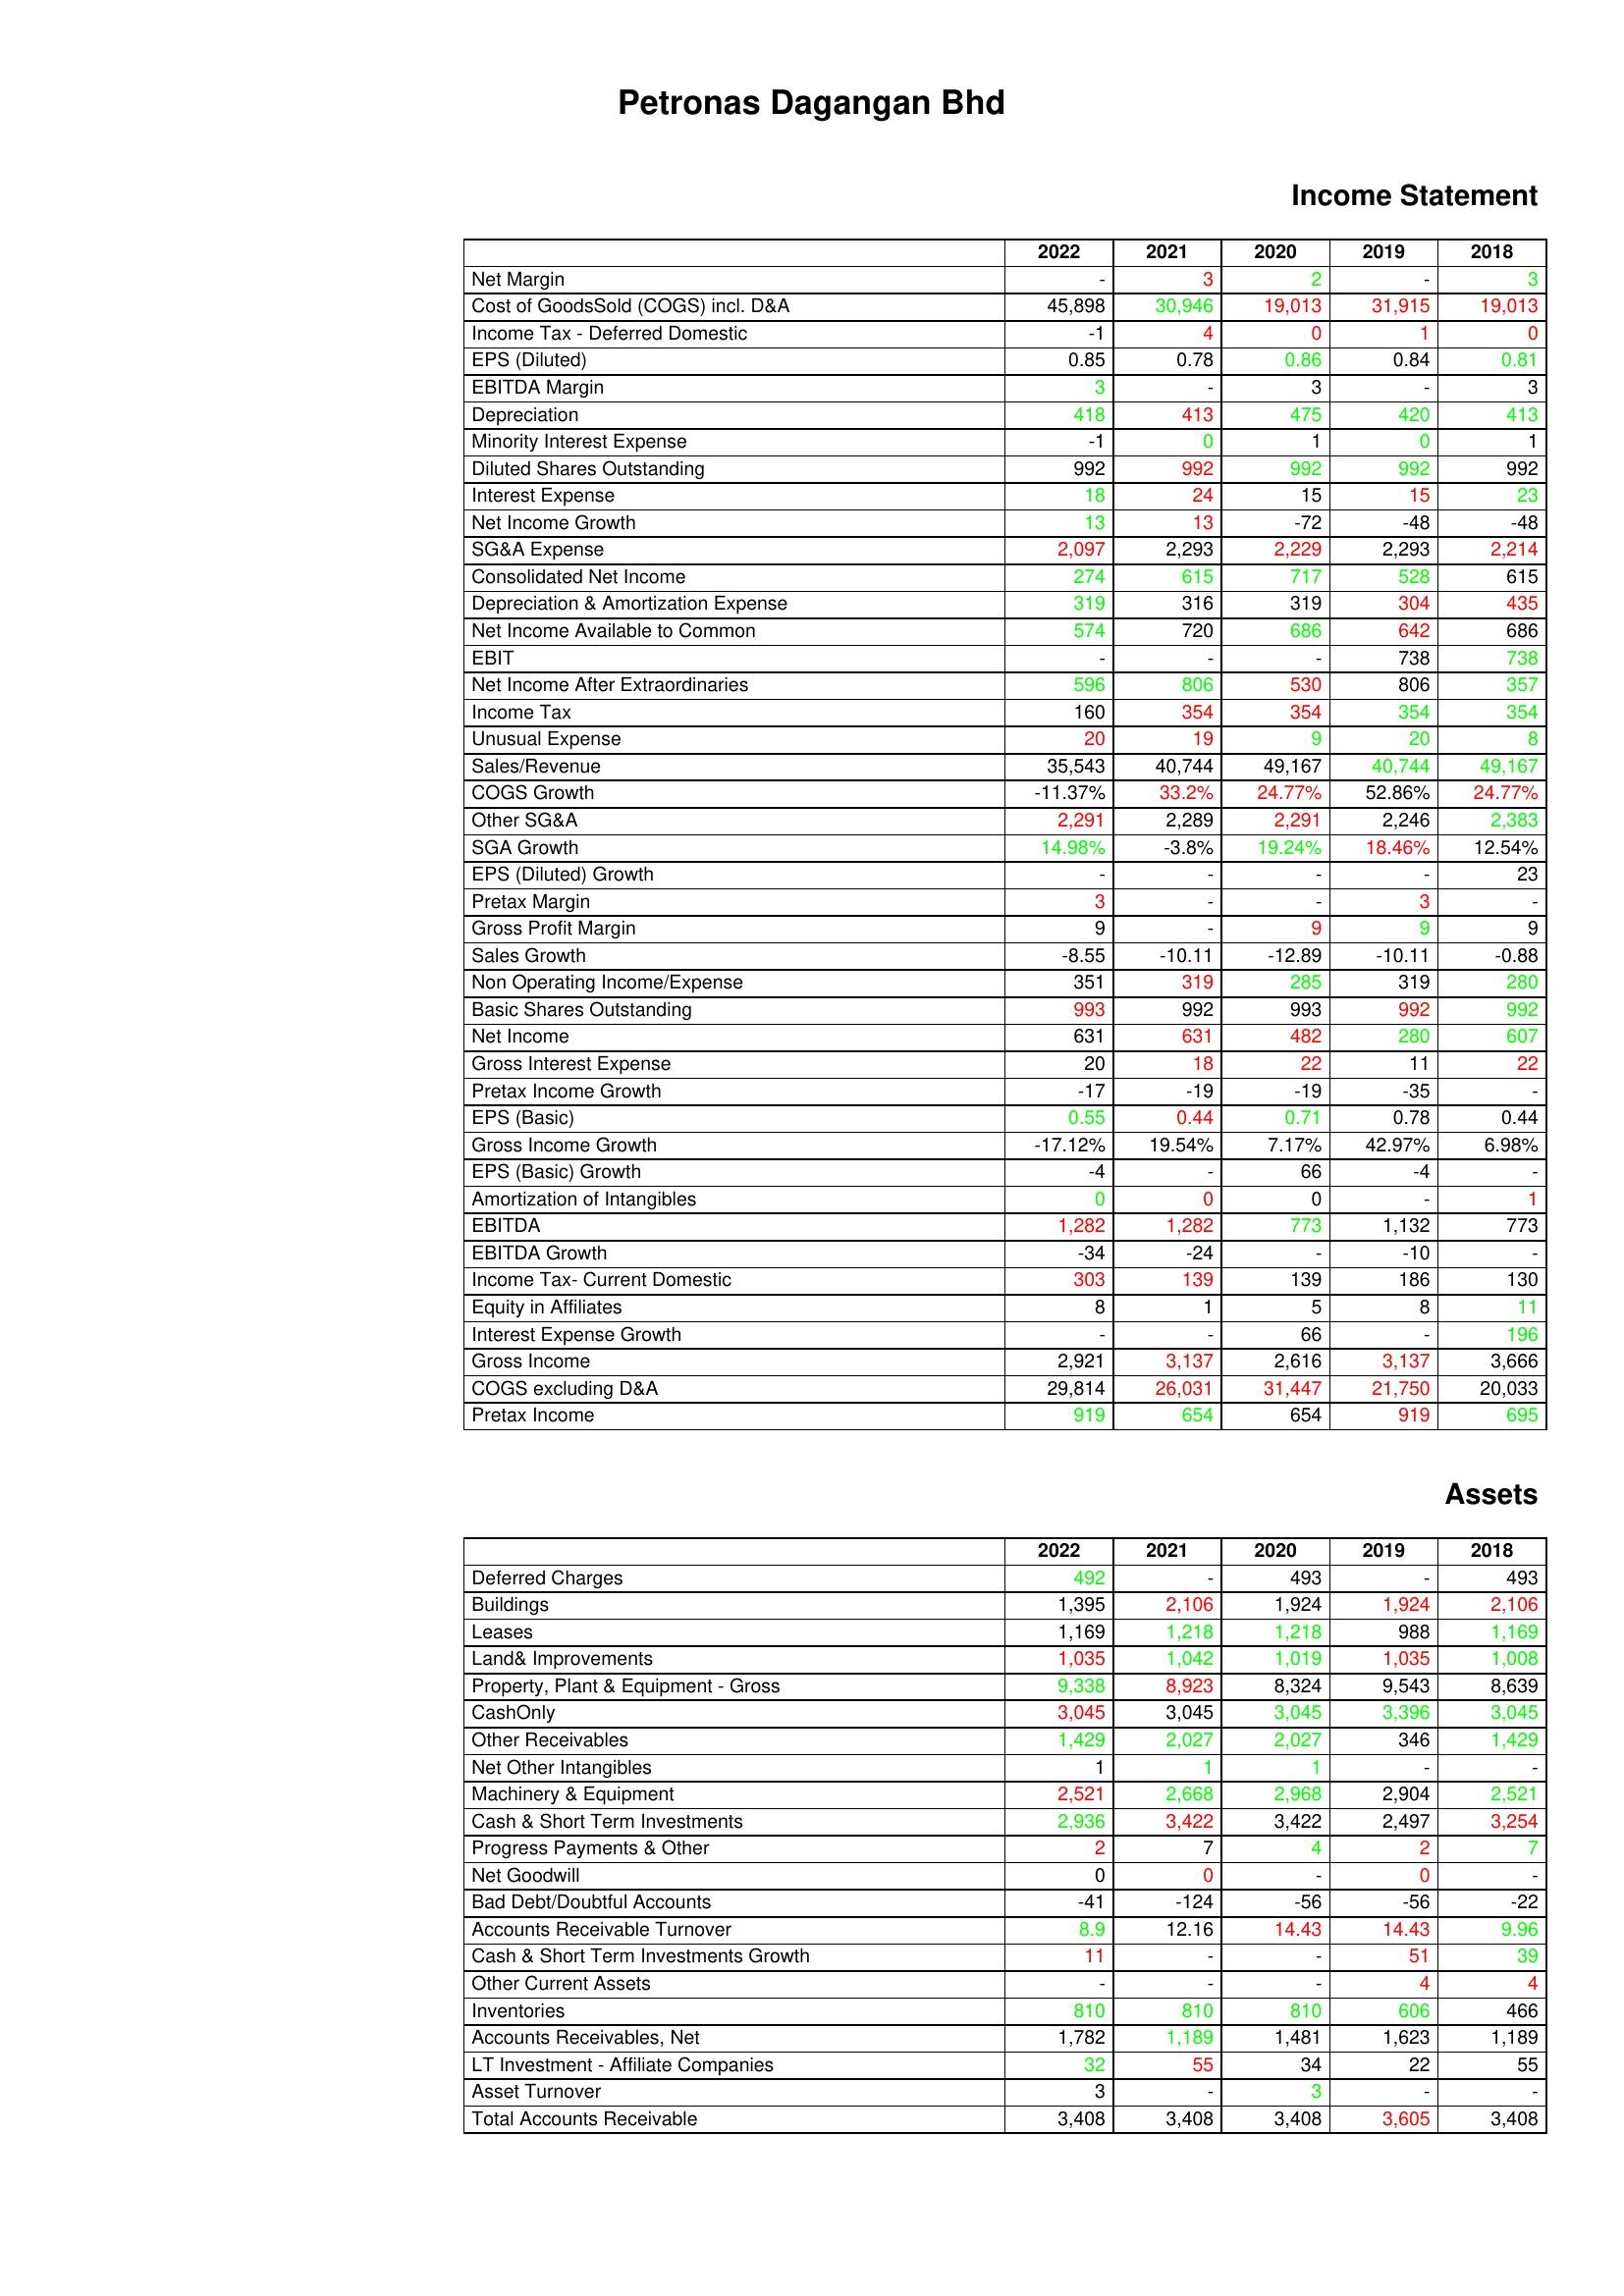
gt_parse: 2022: Income Statement: Net Margin: -
Cost of GoodsSold (COGS) incl. D&A: 45,898
Income Tax - Deferred Domestic: -1
EPS (Diluted): 0.85
EBITDA Margin: 3
Depreciation: 418
Minority Interest Expense: -1
Diluted Shares Outstanding: 992
Interest Expense: 18
Net Income Growth: 13
SG&A Expense: 2,097
Consolidated Net Income: 274
Depreciation & Amortization Expense: 319
Net Income Available to Common: 574
EBIT: -
Net Income After Extraordinaries: 596
Income Tax: 160
Unusual Expense: 20
Sales/Revenue: 35,543
COGS Growth: -11.37%
Other SG&A: 2,291
SGA Growth: 14.98%
EPS (Diluted) Growth: -
Pretax Margin: 3
Gross Profit Margin: 9
Sales Growth: -8.55
Non Operating Income/Expense: 351
Basic Shares Outstanding: 993
Net Income: 631
Gross Interest Expense: 20
Pretax Income Growth: -17
EPS (Basic): 0.55
Gross Income Growth: -17.12%
EPS (Basic) Growth: -4
Amortization of Intangibles: 0
EBITDA: 1,282
EBITDA Growth: -34
Income Tax- Current Domestic: 303
Equity in Affiliates: 8
Interest Expense Growth: -
Gross Income: 2,921
COGS excluding D&A: 29,814
Pretax Income: 919
Assets: Deferred Charges: 492
Buildings: 1,395
Leases: 1,169
Land& Improvements: 1,035
Property, Plant & Equipment - Gross : 9,338
CashOnly: 3,045
Other Receivables: 1,429
Net Other Intangibles: 1
Machinery & Equipment: 2,521
Cash & Short Term Investments: 2,936
Progress Payments & Other: 2
Net Goodwill: 0
Bad Debt/Doubtful Accounts: -41
Accounts Receivable Turnover: 8.9
Cash & Short Term Investments Growth: 11
Other Current Assets: -
Inventories: 810
Accounts Receivables, Net: 1,782
LT Investment - Affiliate Companies: 32
Asset Turnover: 3
Total Accounts Receivable: 3,408
2021: Income Statement: Net Margin: 3
Cost of GoodsSold (COGS) incl. D&A: 30,946
Income Tax - Deferred Domestic: 4
EPS (Diluted): 0.78
EBITDA Margin: -
Depreciation: 413
Minority Interest Expense: 0
Diluted Shares Outstanding: 992
Interest Expense: 24
Net Income Growth: 13
SG&A Expense: 2,293
Consolidated Net Income: 615
Depreciation & Amortization Expense: 316
Net Income Available to Common: 720
EBIT: -
Net Income After Extraordinaries: 806
Income Tax: 354
Unusual Expense: 19
Sales/Revenue: 40,744
COGS Growth: 33.2%
Other SG&A: 2,289
SGA Growth: -3.8%
EPS (Diluted) Growth: -
Pretax Margin: -
Gross Profit Margin: -
Sales Growth: -10.11
Non Operating Income/Expense: 319
Basic Shares Outstanding: 992
Net Income: 631
Gross Interest Expense: 18
Pretax Income Growth: -19
EPS (Basic): 0.44
Gross Income Growth: 19.54%
EPS (Basic) Growth: -
Amortization of Intangibles: 0
EBITDA: 1,282
EBITDA Growth: -24
Income Tax- Current Domestic: 139
Equity in Affiliates: 1
Interest Expense Growth: -
Gross Income: 3,137
COGS excluding D&A: 26,031
Pretax Income: 654
Assets: Deferred Charges: -
Buildings: 2,106
Leases: 1,218
Land& Improvements: 1,042
Property, Plant & Equipment - Gross : 8,923
CashOnly: 3,045
Other Receivables: 2,027
Net Other Intangibles: 1
Machinery & Equipment: 2,668
Cash & Short Term Investments: 3,422
Progress Payments & Other: 7
Net Goodwill: 0
Bad Debt/Doubtful Accounts: -124
Accounts Receivable Turnover: 12.16
Cash & Short Term Investments Growth: -
Other Current Assets: -
Inventories: 810
Accounts Receivables, Net: 1,189
LT Investment - Affiliate Companies: 55
Asset Turnover: -
Total Accounts Receivable: 3,408
2020: Income Statement: Net Margin: 2
Cost of GoodsSold (COGS) incl. D&A: 19,013
Income Tax - Deferred Domestic: 0
EPS (Diluted): 0.86
EBITDA Margin: 3
Depreciation: 475
Minority Interest Expense: 1
Diluted Shares Outstanding: 992
Interest Expense: 15
Net Income Growth: -72
SG&A Expense: 2,229
Consolidated Net Income: 717
Depreciation & Amortization Expense: 319
Net Income Available to Common: 686
EBIT: -
Net Income After Extraordinaries: 530
Income Tax: 354
Unusual Expense: 9
Sales/Revenue: 49,167
COGS Growth: 24.77%
Other SG&A: 2,291
SGA Growth: 19.24%
EPS (Diluted) Growth: -
Pretax Margin: -
Gross Profit Margin: 9
Sales Growth: -12.89
Non Operating Income/Expense: 285
Basic Shares Outstanding: 993
Net Income: 482
Gross Interest Expense: 22
Pretax Income Growth: -19
EPS (Basic): 0.71
Gross Income Growth: 7.17%
EPS (Basic) Growth: 66
Amortization of Intangibles: 0
EBITDA: 773
EBITDA Growth: -
Income Tax- Current Domestic: 139
Equity in Affiliates: 5
Interest Expense Growth: 66
Gross Income: 2,616
COGS excluding D&A: 31,447
Pretax Income: 654
Assets: Deferred Charges: 493
Buildings: 1,924
Leases: 1,218
Land& Improvements: 1,019
Property, Plant & Equipment - Gross : 8,324
CashOnly: 3,045
Other Receivables: 2,027
Net Other Intangibles: 1
Machinery & Equipment: 2,968
Cash & Short Term Investments: 3,422
Progress Payments & Other: 4
Net Goodwill: -
Bad Debt/Doubtful Accounts: -56
Accounts Receivable Turnover: 14.43
Cash & Short Term Investments Growth: -
Other Current Assets: -
Inventories: 810
Accounts Receivables, Net: 1,481
LT Investment - Affiliate Companies: 34
Asset Turnover: 3
Total Accounts Receivable: 3,408
2019: Income Statement: Net Margin: -
Cost of GoodsSold (COGS) incl. D&A: 31,915
Income Tax - Deferred Domestic: 1
EPS (Diluted): 0.84
EBITDA Margin: -
Depreciation: 420
Minority Interest Expense: 0
Diluted Shares Outstanding: 992
Interest Expense: 15
Net Income Growth: -48
SG&A Expense: 2,293
Consolidated Net Income: 528
Depreciation & Amortization Expense: 304
Net Income Available to Common: 642
EBIT: 738
Net Income After Extraordinaries: 806
Income Tax: 354
Unusual Expense: 20
Sales/Revenue: 40,744
COGS Growth: 52.86%
Other SG&A: 2,246
SGA Growth: 18.46%
EPS (Diluted) Growth: -
Pretax Margin: 3
Gross Profit Margin: 9
Sales Growth: -10.11
Non Operating Income/Expense: 319
Basic Shares Outstanding: 992
Net Income: 280
Gross Interest Expense: 11
Pretax Income Growth: -35
EPS (Basic): 0.78
Gross Income Growth: 42.97%
EPS (Basic) Growth: -4
Amortization of Intangibles: -
EBITDA: 1,132
EBITDA Growth: -10
Income Tax- Current Domestic: 186
Equity in Affiliates: 8
Interest Expense Growth: -
Gross Income: 3,137
COGS excluding D&A: 21,750
Pretax Income: 919
Assets: Deferred Charges: -
Buildings: 1,924
Leases: 988
Land& Improvements: 1,035
Property, Plant & Equipment - Gross : 9,543
CashOnly: 3,396
Other Receivables: 346
Net Other Intangibles: -
Machinery & Equipment: 2,904
Cash & Short Term Investments: 2,497
Progress Payments & Other: 2
Net Goodwill: 0
Bad Debt/Doubtful Accounts: -56
Accounts Receivable Turnover: 14.43
Cash & Short Term Investments Growth: 51
Other Current Assets: 4
Inventories: 606
Accounts Receivables, Net: 1,623
LT Investment - Affiliate Companies: 22
Asset Turnover: -
Total Accounts Receivable: 3,605
2018: Income Statement: Net Margin: 3
Cost of GoodsSold (COGS) incl. D&A: 19,013
Income Tax - Deferred Domestic: 0
EPS (Diluted): 0.81
EBITDA Margin: 3
Depreciation: 413
Minority Interest Expense: 1
Diluted Shares Outstanding: 992
Interest Expense: 23
Net Income Growth: -48
SG&A Expense: 2,214
Consolidated Net Income: 615
Depreciation & Amortization Expense: 435
Net Income Available to Common: 686
EBIT: 738
Net Income After Extraordinaries: 357
Income Tax: 354
Unusual Expense: 8
Sales/Revenue: 49,167
COGS Growth: 24.77%
Other SG&A: 2,383
SGA Growth: 12.54%
EPS (Diluted) Growth: 23
Pretax Margin: -
Gross Profit Margin: 9
Sales Growth: -0.88
Non Operating Income/Expense: 280
Basic Shares Outstanding: 992
Net Income: 607
Gross Interest Expense: 22
Pretax Income Growth: -
EPS (Basic): 0.44
Gross Income Growth: 6.98%
EPS (Basic) Growth: -
Amortization of Intangibles: 1
EBITDA: 773
EBITDA Growth: -
Income Tax- Current Domestic: 130
Equity in Affiliates: 11
Interest Expense Growth: 196
Gross Income: 3,666
COGS excluding D&A: 20,033
Pretax Income: 695
Assets: Deferred Charges: 493
Buildings: 2,106
Leases: 1,169
Land& Improvements: 1,008
Property, Plant & Equipment - Gross : 8,639
CashOnly: 3,045
Other Receivables: 1,429
Net Other Intangibles: -
Machinery & Equipment: 2,521
Cash & Short Term Investments: 3,254
Progress Payments & Other: 7
Net Goodwill: -
Bad Debt/Doubtful Accounts: -22
Accounts Receivable Turnover: 9.96
Cash & Short Term Investments Growth: 39
Other Current Assets: 4
Inventories: 466
Accounts Receivables, Net: 1,189
LT Investment - Affiliate Companies: 55
Asset Turnover: -
Total Accounts Receivable: 3,408